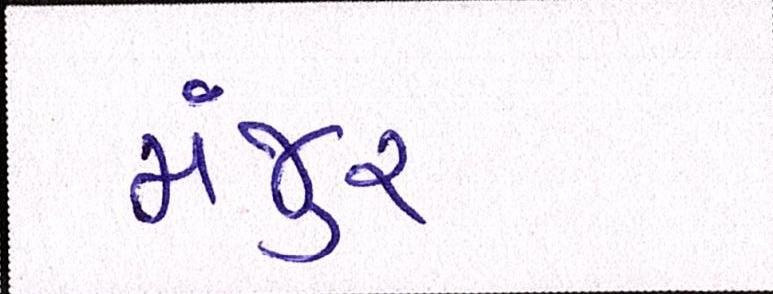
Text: મંજુર